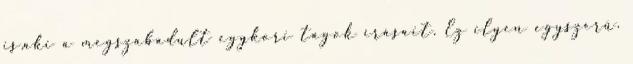
is,aki a megszabadult egykori tagok írásait. Ez ilyen egyszerű.